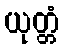
ယုတ္တံ